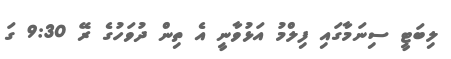
ލިބަޓީ ސިނަމާގައި ފިލްމު އަޅުވާނީ އެ ތިން ދުވަހުގެ ރޭ 9:30 ގަ